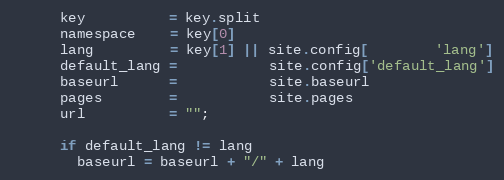
Language: Ruby
      key          = key.split
      namespace    = key[0]
      lang         = key[1] || site.config[        'lang']
      default_lang =           site.config['default_lang']
      baseurl      =           site.baseurl
      pages        =           site.pages
      url          = "";

      if default_lang != lang
        baseurl = baseurl + "/" + lang